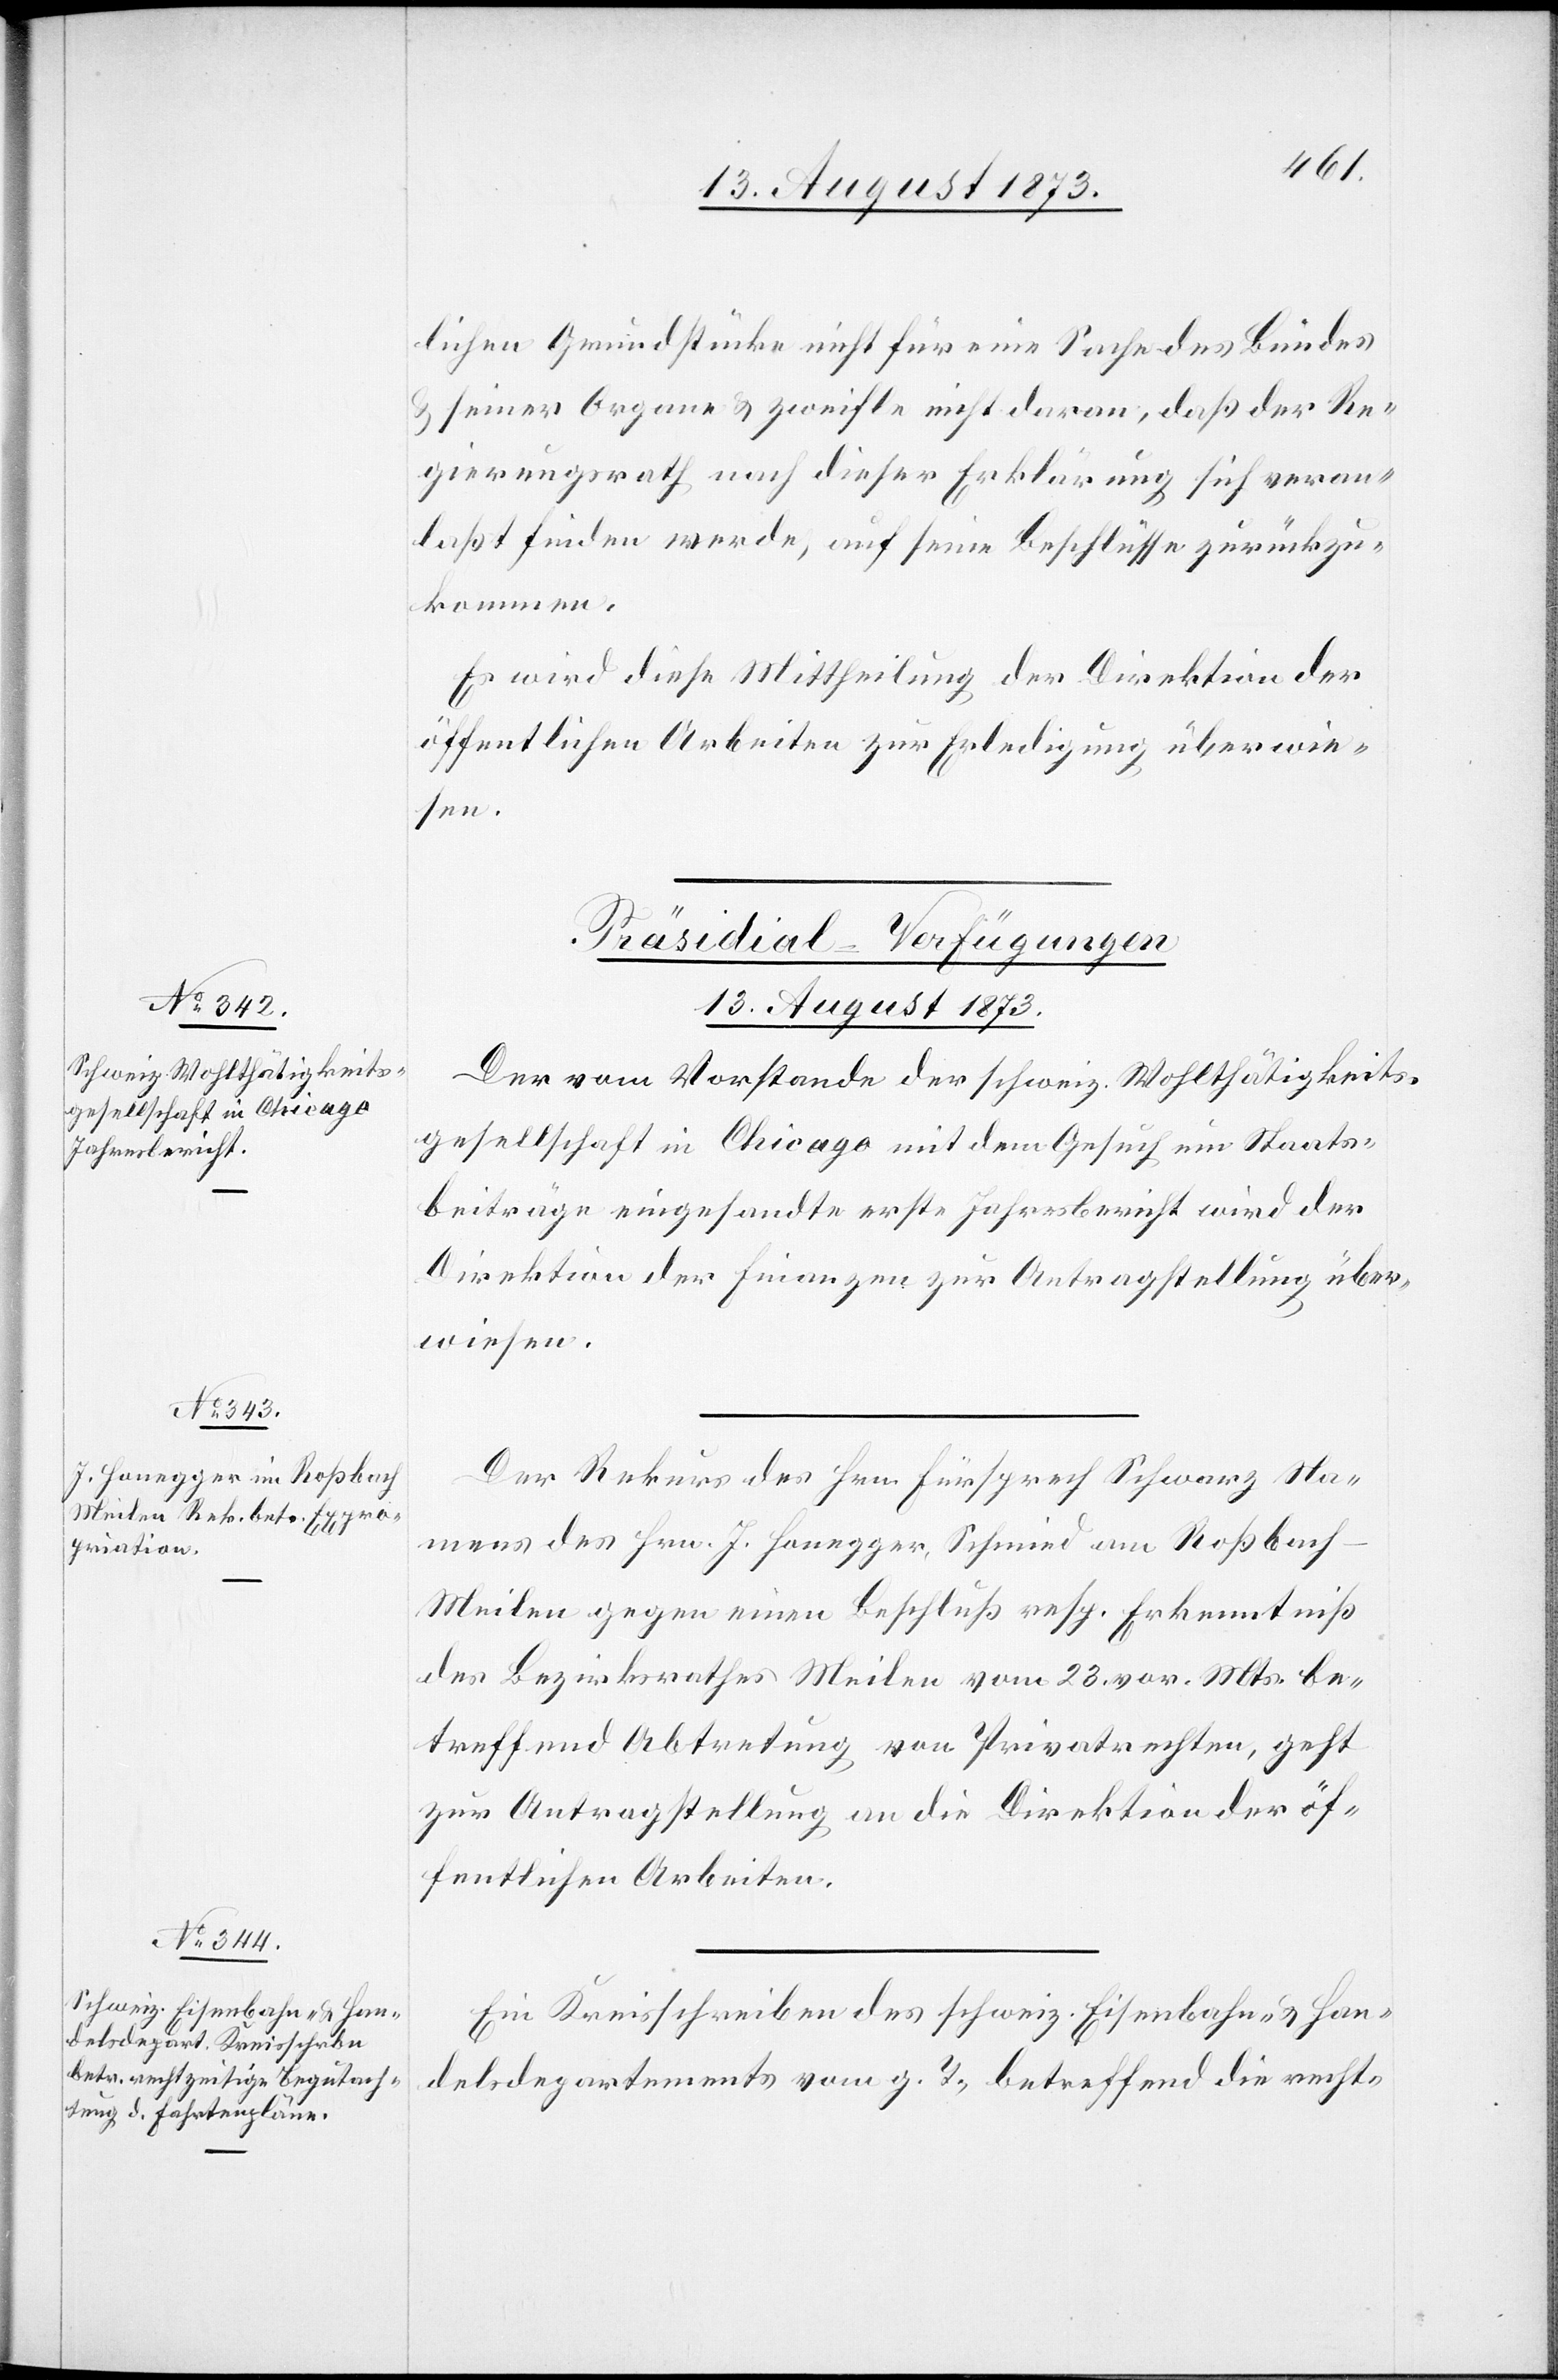
lichen Grundstücke nicht für eine Sache des Bundes
& seiner Organe & zweifle nicht daran, daß der Re¬
gierungsrath nach dieser Erklärung sich veran¬
laßt finden werde, auf seine Beschlüsse zurückzu¬
kommen.
Es wird diese Mittheilung der Direktion der
öffentlichen Arbeiten zur Erledigung überwie¬
sen.
[Präsidial-Verfügungen
13. August 1873.]
Der vom Vorstande der schweiz. Wohlthätigkeits¬
gesellschaft in Chicago mit dem Gesuch um Staats¬
beiträge eingesandte erste Jahresbericht wird der
Direktion der Finanzen zur Antragstellung über¬
wiesen.
Der Rekurs des Hrn. Fürsprech Schwarz Na¬
mens des Hrn. J. Honegger, Schmied am Roßbach-M¬
eilen gegen einen Beschluß resp. Erkenntniß
des Bezirksrathes Meilen vom 23. vor. Mts. be¬
treffend Abtretung von Privatrechten, geht
zur Antragstellung an die Direktion der öf¬
fentlichen Arbeiten.
Ein Kreisschreiben des schweiz. Eisenbahn- & Han¬
delsdepartements vom g. T., betreffend die recht-